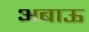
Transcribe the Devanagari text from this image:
अबाऊ